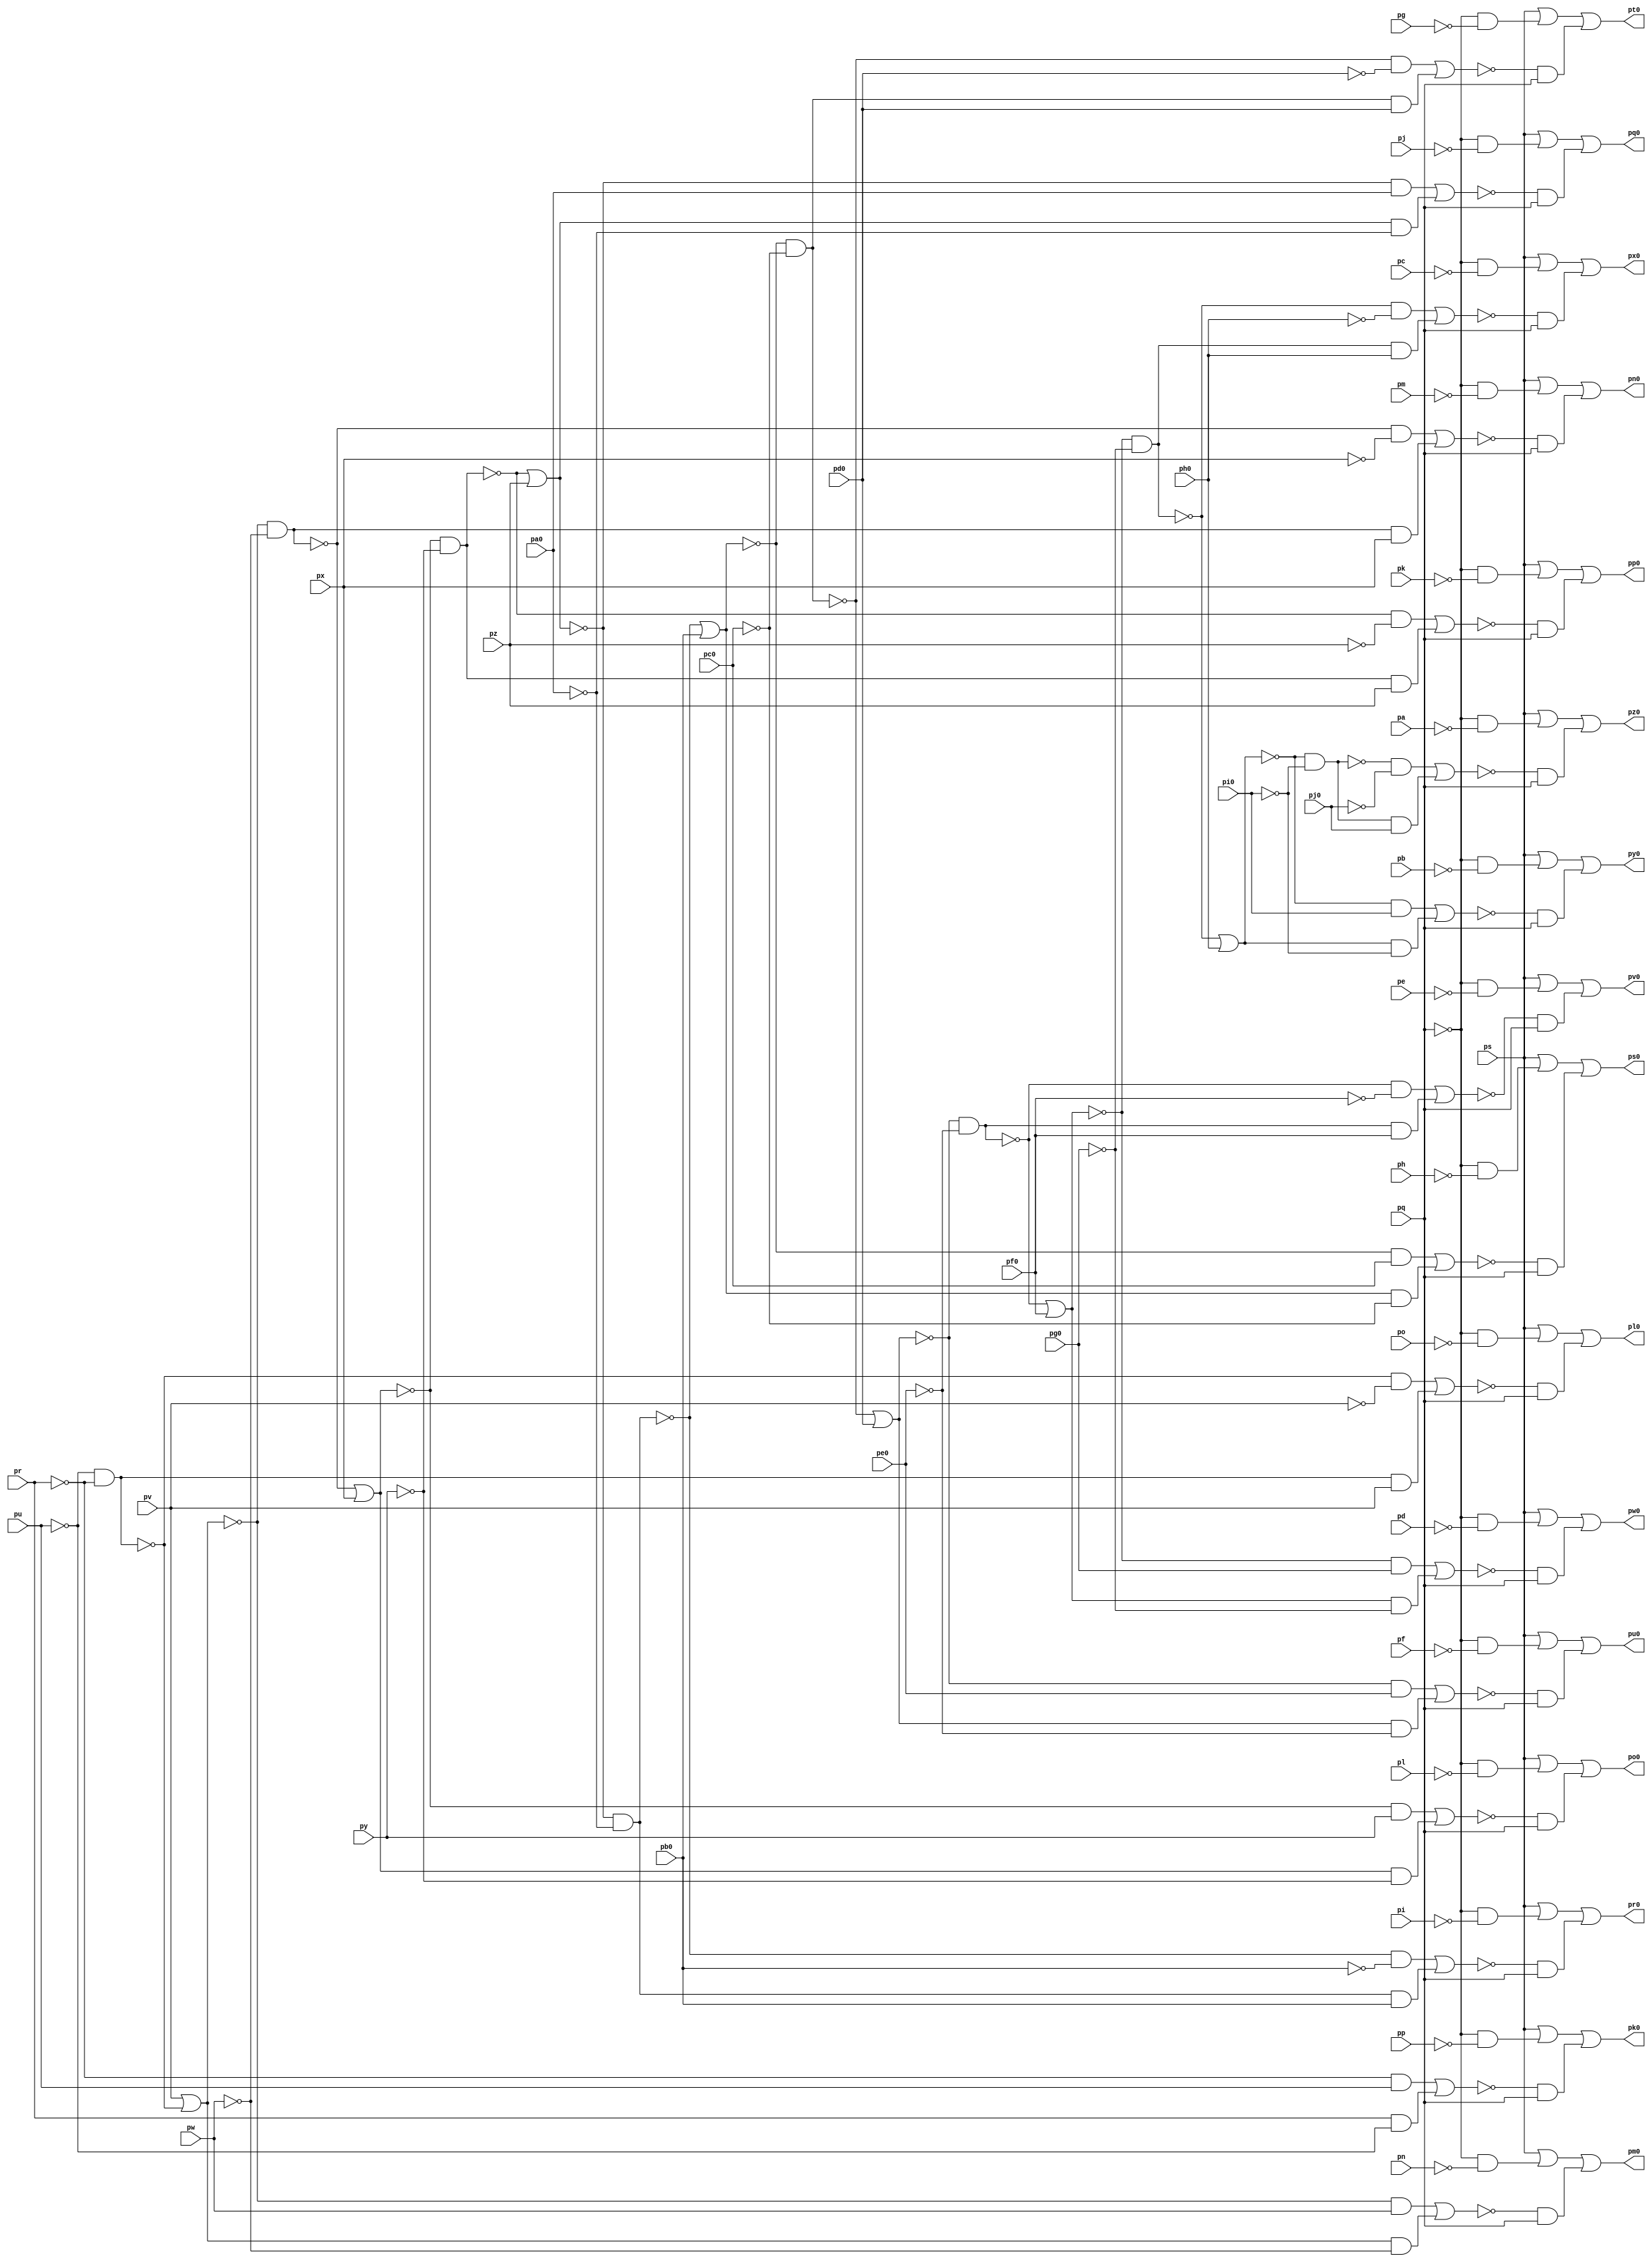
// Benchmark "top" written by ABC on Fri Mar 31 12:06:40 2023

module top ( 
    pp, pa0, pq, pb0, pr, pc0, ps, pd0, pe0, pu, pf0, pv, pg0, pw, ph0, px,
    pi0, py, pj0, pz, pa, pb, pc, pd, pe, pf, pg, ph, pi, pj, pk, pl, pm,
    pn, po,
    pk0, pl0, pm0, pn0, po0, pp0, pq0, pr0, ps0, pt0, pu0, pv0, pw0, px0,
    py0, pz0  );
  input  pp, pa0, pq, pb0, pr, pc0, ps, pd0, pe0, pu, pf0, pv, pg0, pw,
    ph0, px, pi0, py, pj0, pz, pa, pb, pc, pd, pe, pf, pg, ph, pi, pj, pk,
    pl, pm, pn, po;
  output pk0, pl0, pm0, pn0, po0, pp0, pq0, pr0, ps0, pt0, pu0, pv0, pw0, px0,
    py0, pz0;
  wire new_np_, new_na0_, new_nq_, new_nb0_, new_nr_, new_nc0_, new_ns_,
    new_nd0_, new_ne0_, new_nu_, new_nf0_, new_nv_, new_ng0_, new_nw_,
    new_nh0_, new_nx_, new_ni0_, new_ny_, new_nj0_, new_nz_, new_na_,
    new_nb_, new_nc_, new_nd_, new_ne_, new_nf_, new_ng_, new_nh_, new_ni_,
    new_nj_, new_nk_, new_nl_, new_nm_, new_nn_, new_no_, new_n_n118_,
    new_nt0_, new_n_n103_, new_nv1_, new_n_n91_, new_ns2_, new_n_n117_,
    new_n_n111_, new_nx0_, new_nt1_, new_nh2_, new_n_n87_, new_n_n124_,
    new_n_n102_, new_ny1_, new_nf2_, new_n_n88_, new_nm0_, new_n_n101_,
    new_nx1_, new_n_n92_, new_nq2_, new_ny0_, new_n_n96_, new_nk2_,
    new_n_n84_, new_n_n9_, new_n_n100_, new_na2_, new_nl2_, new_nv2_,
    new_n_n99_, new_nc2_, new_n_n90_, new_n_n85_, new_nz0_, new_n_n95_,
    new_n_n89_, new_n_n86_, new_n_n127_, new_n_n120_, new_ns0_,
    new_n_n105_, new_n_n5_, new_nl0_, new_no0_, new_n_n112_, new_n_n106_,
    new_n_n6_, new_n_n126_, new_np0_, new_n_n114_, new_nv0_, new_n_n7_,
    new_n_n125_, new_n_n119_, new_n_n113_, new_n_n107_, new_n_n8_,
    new_nn0_, new_n_n115_, new_n_n108_, new_n_n94_, new_no2_, new_n_n1_,
    new_n_n123_, new_nr0_, new_nu0_, new_n_n93_, new_nn2_, new_n_n2_,
    new_nk0_, new_n_n121_, new_nq0_, new_n_n109_, new_nw0_, new_n_n97_,
    new_n_n3_, new_n_n128_, new_n_n122_, new_n_n116_, new_n_n110_,
    new_n_n104_, new_n_n98_, new_n_n4_, new_nb3_, new_n_n75_, new_n_n70_,
    new_n_n61_, new_n_n50_, new_na3_, new_nn3_, new_nw3_, new_n_n60_,
    new_n_n51_, new_n_n81_, new_n_n74_, new_nz3_, new_n_n63_, new_n_n52_,
    new_n_n82_, new_n_n73_, new_n_n69_, new_n_n62_, new_n_n53_, new_n_n0_,
    new_nx2_, new_n_n43_, new_n_n32_, new_n_n21_, new_n_n10_, new_n_n83_,
    new_n_n42_, new_n_n33_, new_n_n20_, new_n_n11_, new_n_n41_, new_n_n30_,
    new_n_n23_, new_n_n12_, new_n_n40_, new_n_n31_, new_n_n22_, new_n_n13_,
    new_n_n68_, new_n_n58_, new_n_n47_, new_n_n36_, new_n_n25_, new_n_n14_,
    new_n_n67_, new_n_n59_, new_n_n46_, new_n_n37_, new_n_n24_, new_n_n15_,
    new_n_n79_, new_nr3_, new_n_n45_, new_n_n34_, new_n_n27_, new_n_n16_,
    new_ni3_, new_nq3_, new_n_n44_, new_n_n35_, new_n_n26_, new_n_n17_,
    new_n_n80_, new_n_n78_, new_nu3_, new_n_n65_, new_n_n54_, new_n_n29_,
    new_n_n18_, new_ng3_, new_n_n77_, new_ns3_, new_n_n64_, new_n_n55_,
    new_n_n28_, new_n_n19_, new_ne3_, new_nl3_, new_n_n71_, new_nc4_,
    new_n_n56_, new_n_n49_, new_n_n38_, new_nd3_, new_n_n76_, new_n_n72_,
    new_n_n66_, new_n_n57_, new_n_n48_, new_n_n39_;
  assign new_np_ = pp;
  assign new_na0_ = pa0;
  assign new_nq_ = pq;
  assign new_nb0_ = pb0;
  assign new_nr_ = pr;
  assign new_nc0_ = pc0;
  assign new_ns_ = ps;
  assign new_nd0_ = pd0;
  assign new_ne0_ = pe0;
  assign new_nu_ = pu;
  assign new_nf0_ = pf0;
  assign new_nv_ = pv;
  assign new_ng0_ = pg0;
  assign new_nw_ = pw;
  assign new_nh0_ = ph0;
  assign new_nx_ = px;
  assign new_ni0_ = pi0;
  assign new_ny_ = py;
  assign new_nj0_ = pj0;
  assign new_nz_ = pz;
  assign pk0 = new_nk0_;
  assign pl0 = new_nl0_;
  assign pm0 = new_nm0_;
  assign pn0 = new_nn0_;
  assign po0 = new_no0_;
  assign pp0 = new_np0_;
  assign new_na_ = pa;
  assign pq0 = new_nq0_;
  assign new_nb_ = pb;
  assign pr0 = new_nr0_;
  assign new_nc_ = pc;
  assign ps0 = new_ns0_;
  assign new_nd_ = pd;
  assign pt0 = new_nt0_;
  assign new_ne_ = pe;
  assign pu0 = new_nu0_;
  assign new_nf_ = pf;
  assign pv0 = new_nv0_;
  assign new_ng_ = pg;
  assign pw0 = new_nw0_;
  assign new_nh_ = ph;
  assign px0 = new_nx0_;
  assign new_ni_ = pi;
  assign py0 = new_ny0_;
  assign new_nj_ = pj;
  assign pz0 = new_nz0_;
  assign new_nk_ = pk;
  assign new_nl_ = pl;
  assign new_nm_ = pm;
  assign new_nn_ = pn;
  assign new_no_ = po;
  assign new_n_n118_ = new_n_n30_ & new_n_n10_;
  assign new_nt0_ = new_ns_ | new_n_n110_ | new_n_n109_;
  assign new_n_n103_ = new_n_n25_ & new_nq_;
  assign new_nv1_ = new_nv_ | new_n_n35_;
  assign new_n_n91_ = new_n_n38_ & new_nw_;
  assign new_ns2_ = new_n_n85_ | new_n_n86_;
  assign new_n_n117_ = new_n_n11_ & new_nq_;
  assign new_n_n111_ = new_n_n17_ & new_nq_;
  assign new_nx0_ = new_ns_ | new_n_n102_ | new_n_n101_;
  assign new_nt1_ = new_n_n33_ & new_n_n34_;
  assign new_nh2_ = new_n_n89_ | new_n_n90_;
  assign new_n_n87_ = new_n_n42_ & new_ny_;
  assign new_n_n124_ = new_n_n30_ & new_n_n4_;
  assign new_n_n102_ = new_n_n30_ & new_n_n26_;
  assign new_ny1_ = new_n_n39_ | new_nx_;
  assign new_nf2_ = new_n_n91_ | new_n_n92_;
  assign new_n_n88_ = new_ny1_ & new_n_n41_;
  assign new_nm0_ = new_ns_ | new_n_n124_ | new_n_n123_;
  assign new_n_n101_ = new_n_n27_ & new_nq_;
  assign new_nx1_ = new_n_n38_ & new_n_n37_;
  assign new_n_n92_ = new_nv1_ & new_n_n37_;
  assign new_nq2_ = new_n_n87_ | new_n_n88_;
  assign new_ny0_ = new_ns_ | new_n_n100_ | new_n_n99_;
  assign new_n_n96_ = new_nr_ & new_n_n33_;
  assign new_nk2_ = new_n_n42_ & new_n_n41_;
  assign new_n_n84_ = new_nl2_ & new_n_n45_;
  assign new_n_n9_ = ~new_nq2_;
  assign new_n_n100_ = new_n_n30_ & new_n_n28_;
  assign new_na2_ = new_n_n95_ | new_n_n96_;
  assign new_nl2_ = new_n_n43_ | new_nz_;
  assign new_nv2_ = new_n_n83_ | new_n_n84_;
  assign new_n_n99_ = new_n_n29_ & new_nq_;
  assign new_nc2_ = new_n_n93_ | new_n_n94_;
  assign new_n_n90_ = new_nx1_ & new_nx_;
  assign new_n_n85_ = new_n_n43_ & new_n_n44_;
  assign new_nz0_ = new_ns_ | new_n_n98_ | new_n_n97_;
  assign new_n_n95_ = new_n_n34_ & new_nu_;
  assign new_n_n89_ = new_n_n39_ & new_n_n40_;
  assign new_n_n86_ = new_nk2_ & new_nz_;
  assign new_n_n127_ = new_n_n1_ & new_nq_;
  assign new_n_n120_ = new_n_n30_ & new_n_n8_;
  assign new_ns0_ = new_ns_ | new_n_n112_ | new_n_n111_;
  assign new_n_n105_ = new_n_n23_ & new_nq_;
  assign new_n_n5_ = ~new_nf2_;
  assign new_nl0_ = new_ns_ | new_n_n126_ | new_n_n125_;
  assign new_no0_ = new_ns_ | new_n_n120_ | new_n_n119_;
  assign new_n_n112_ = new_n_n30_ & new_n_n16_;
  assign new_n_n106_ = new_n_n30_ & new_n_n22_;
  assign new_n_n6_ = ~new_nm_;
  assign new_n_n126_ = new_n_n30_ & new_n_n2_;
  assign new_np0_ = new_ns_ | new_n_n118_ | new_n_n117_;
  assign new_n_n114_ = new_n_n30_ & new_n_n14_;
  assign new_nv0_ = new_ns_ | new_n_n106_ | new_n_n105_;
  assign new_n_n7_ = ~new_nh2_;
  assign new_n_n125_ = new_n_n3_ & new_nq_;
  assign new_n_n119_ = new_n_n9_ & new_nq_;
  assign new_n_n113_ = new_n_n15_ & new_nq_;
  assign new_n_n107_ = new_n_n21_ & new_nq_;
  assign new_n_n8_ = ~new_nl_;
  assign new_nn0_ = new_ns_ | new_n_n122_ | new_n_n121_;
  assign new_n_n115_ = new_n_n13_ & new_nq_;
  assign new_n_n108_ = new_n_n30_ & new_n_n20_;
  assign new_n_n94_ = new_nt1_ & new_nv_;
  assign new_no2_ = new_n_n47_ | new_nb0_;
  assign new_n_n1_ = ~new_na2_;
  assign new_n_n123_ = new_n_n5_ & new_nq_;
  assign new_nr0_ = new_ns_ | new_n_n114_ | new_n_n113_;
  assign new_nu0_ = new_ns_ | new_n_n108_ | new_n_n107_;
  assign new_n_n93_ = new_n_n35_ & new_n_n36_;
  assign new_nn2_ = new_n_n46_ & new_n_n45_;
  assign new_n_n2_ = ~new_no_;
  assign new_nk0_ = new_ns_ | new_n_n128_ | new_n_n127_;
  assign new_n_n121_ = new_n_n7_ & new_nq_;
  assign new_nq0_ = new_ns_ | new_n_n116_ | new_n_n115_;
  assign new_n_n109_ = new_n_n19_ & new_nq_;
  assign new_nw0_ = new_ns_ | new_n_n104_ | new_n_n103_;
  assign new_n_n97_ = new_n_n32_ & new_nq_;
  assign new_n_n3_ = ~new_nc2_;
  assign new_n_n128_ = new_n_n30_ & new_n_n0_;
  assign new_n_n122_ = new_n_n30_ & new_n_n6_;
  assign new_n_n116_ = new_n_n30_ & new_n_n12_;
  assign new_n_n110_ = new_n_n30_ & new_n_n18_;
  assign new_n_n104_ = new_n_n30_ & new_n_n24_;
  assign new_n_n98_ = new_n_n30_ & new_n_n31_;
  assign new_n_n4_ = ~new_nn_;
  assign new_nb3_ = new_n_n51_ | new_nd0_;
  assign new_n_n75_ = new_n_n54_ & new_ne0_;
  assign new_n_n70_ = new_nq3_ & new_nh0_;
  assign new_n_n61_ = ~new_ni0_;
  assign new_n_n50_ = ~new_no2_;
  assign new_na3_ = new_n_n50_ & new_n_n49_;
  assign new_nn3_ = new_n_n73_ | new_n_n74_;
  assign new_nw3_ = new_n_n69_ | new_n_n70_;
  assign new_n_n60_ = ~new_nh0_;
  assign new_n_n51_ = ~new_na3_;
  assign new_n_n81_ = new_n_n47_ & new_n_n48_;
  assign new_n_n74_ = new_nd3_ & new_nf0_;
  assign new_nz3_ = new_n_n67_ | new_n_n68_;
  assign new_n_n63_ = ~new_ns3_;
  assign new_n_n52_ = ~new_nd0_;
  assign new_n_n82_ = new_nn2_ & new_nb0_;
  assign new_n_n73_ = new_n_n55_ & new_n_n56_;
  assign new_n_n69_ = new_n_n59_ & new_n_n60_;
  assign new_n_n62_ = ~new_nr3_;
  assign new_n_n53_ = ~new_ne0_;
  assign new_n_n0_ = ~new_np_;
  assign new_nx2_ = new_n_n81_ | new_n_n82_;
  assign new_n_n43_ = ~new_nk2_;
  assign new_n_n32_ = ~new_nc4_;
  assign new_n_n21_ = ~new_nl3_;
  assign new_n_n10_ = ~new_nk_;
  assign new_n_n83_ = new_n_n46_ & new_na0_;
  assign new_n_n42_ = ~new_ny1_;
  assign new_n_n33_ = ~new_nu_;
  assign new_n_n20_ = ~new_nf_;
  assign new_n_n11_ = ~new_ns2_;
  assign new_n_n41_ = ~new_ny_;
  assign new_n_n30_ = ~new_nq_;
  assign new_n_n23_ = ~new_nn3_;
  assign new_n_n12_ = ~new_nj_;
  assign new_n_n40_ = ~new_nx_;
  assign new_n_n31_ = ~new_na_;
  assign new_n_n22_ = ~new_ne_;
  assign new_n_n13_ = ~new_nv2_;
  assign new_n_n68_ = new_nr3_ & new_n_n61_;
  assign new_n_n58_ = ~new_ne3_;
  assign new_n_n47_ = ~new_nn2_;
  assign new_n_n36_ = ~new_nv_;
  assign new_n_n25_ = ~new_nu3_;
  assign new_n_n14_ = ~new_ni_;
  assign new_n_n67_ = new_n_n62_ & new_ni0_;
  assign new_n_n59_ = ~new_nq3_;
  assign new_n_n46_ = ~new_nl2_;
  assign new_n_n37_ = ~new_nw_;
  assign new_n_n24_ = ~new_nd_;
  assign new_n_n15_ = ~new_nx2_;
  assign new_n_n79_ = new_n_n50_ & new_nc0_;
  assign new_nr3_ = new_n_n59_ | new_nh0_;
  assign new_n_n45_ = ~new_na0_;
  assign new_n_n34_ = ~new_nr_;
  assign new_n_n27_ = ~new_nw3_;
  assign new_n_n16_ = ~new_nh_;
  assign new_ni3_ = new_n_n77_ | new_n_n78_;
  assign new_nq3_ = new_n_n58_ & new_n_n57_;
  assign new_n_n44_ = ~new_nz_;
  assign new_n_n35_ = ~new_nt1_;
  assign new_n_n26_ = ~new_nc_;
  assign new_n_n17_ = ~new_ng3_;
  assign new_n_n80_ = new_no2_ & new_n_n49_;
  assign new_n_n78_ = new_na3_ & new_nd0_;
  assign new_nu3_ = new_n_n71_ | new_n_n72_;
  assign new_n_n65_ = new_n_n63_ & new_n_n64_;
  assign new_n_n54_ = ~new_nb3_;
  assign new_n_n29_ = ~new_nz3_;
  assign new_n_n18_ = ~new_ng_;
  assign new_ng3_ = new_n_n79_ | new_n_n80_;
  assign new_n_n77_ = new_n_n51_ & new_n_n52_;
  assign new_ns3_ = new_n_n62_ & new_n_n61_;
  assign new_n_n64_ = ~new_nj0_;
  assign new_n_n55_ = ~new_nd3_;
  assign new_n_n28_ = ~new_nb_;
  assign new_n_n19_ = ~new_ni3_;
  assign new_ne3_ = new_n_n55_ | new_nf0_;
  assign new_nl3_ = new_n_n75_ | new_n_n76_;
  assign new_n_n71_ = new_n_n58_ & new_ng0_;
  assign new_nc4_ = new_n_n65_ | new_n_n66_;
  assign new_n_n56_ = ~new_nf0_;
  assign new_n_n49_ = ~new_nc0_;
  assign new_n_n38_ = ~new_nv1_;
  assign new_nd3_ = new_n_n54_ & new_n_n53_;
  assign new_n_n76_ = new_nb3_ & new_n_n53_;
  assign new_n_n72_ = new_ne3_ & new_n_n57_;
  assign new_n_n66_ = new_ns3_ & new_nj0_;
  assign new_n_n57_ = ~new_ng0_;
  assign new_n_n48_ = ~new_nb0_;
  assign new_n_n39_ = ~new_nx1_;
endmodule